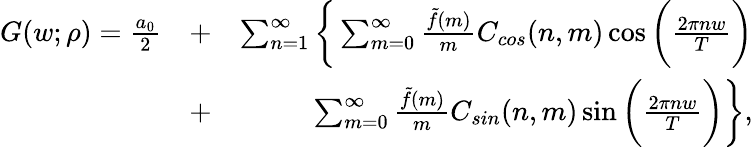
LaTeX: \begin{array}{rlr}{G(w;\rho)=\frac{a_{0}}{2}}&{+}&{\sum_{n=1}^{\infty}\bigg\{ \sum_{m=0}^{\infty}\frac{\tilde{f}(m)}{m}C_{cos}(n,m)\cos{\bigg(\frac{2\pi nw}{T}\bigg)}}\\ &{+}&{\sum_{m=0}^{\infty}\frac{\tilde{f}(m)}{m}C_{sin}(n,m)\sin{\bigg(\frac{2\pi nw}{T}\bigg)}\bigg\} ,}\end{array}